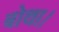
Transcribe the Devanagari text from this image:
बोथा।